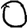
Digit: 0